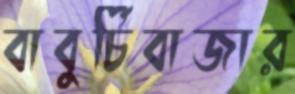
বাবুর্চিবাজার